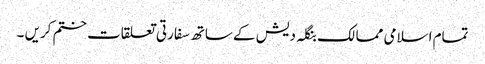
تمام اسلامی ممالک بنگلہ دیش کے ساتھ سفارتی تعلقات ختم کریں ۔